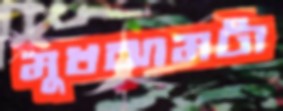
মুখঝামটা